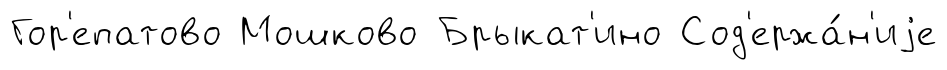
Гор'епатово Мошково Брыкат'ино Сод'ержа́н'иjе